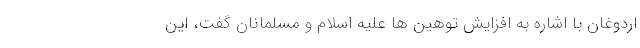
اردوغان با اشاره به افزایش توهین ها علیه اسلام و مسلمانان گفت، این